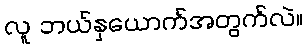
လူ ဘယ်နှယောက်အတွက်လဲ။